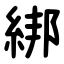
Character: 綁